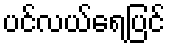
ပင်လယ်ရေပြင်